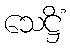
သေဋ္ဌိံ